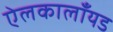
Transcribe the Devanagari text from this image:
ऐलकालाँयड